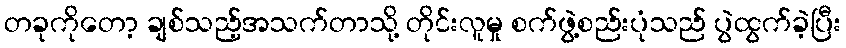
တခုကိုတော့ ချစ်သည့်အသက်တာသို့ တိုင်းလူမှု စက်ဖွဲ့စည်းပုံသည် ပွဲထွက်ခဲ့ပြီး